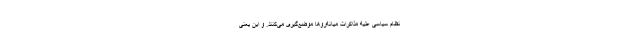
نظام سیاسی علیه مذاکرات میانه‌روها موضع‌گیری می‌کنند. و این یعنی